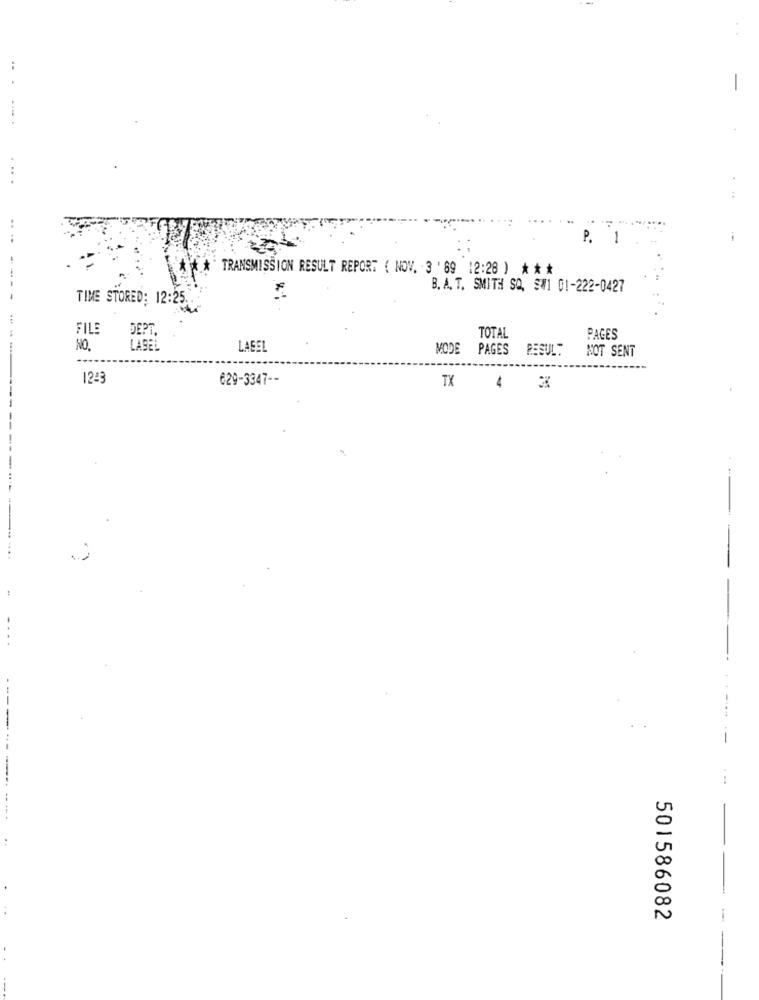
-
P.
1
TRANSMISSION RESULT REPORT ( NOV. 3 ' 89 12:28 ) * **
B. A. T. SMITH SQ. SW1 01-222-0427
TIME STORED: 12:25 ..
FILE
DEPT.
TOTAL
PAGES
NO
LASEL
LABEL
MODE
PAGES
RESULT
NOT SENT
1245
629-3347 --
TX
4
---
501586082